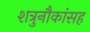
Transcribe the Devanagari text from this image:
शत्रुनौकांसह